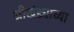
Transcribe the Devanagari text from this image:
श्रीखंड्याच्या